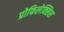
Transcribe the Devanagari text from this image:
प्रोफिलेक्सिस